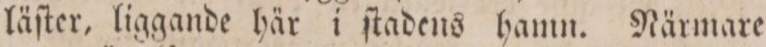
läſter, liggande här i ſtadens hamn. Närmare